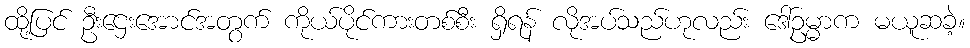
ထို့ပြင် ဦးဌေးအောင်အတွက် ကိုယ်ပိုင်ကားတစ်စီး ရှိရန် လိုအပ်သည်ဟုလည်း ဒေါ်ဥမ္မာက မယူဆခဲ့။